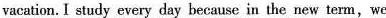
vacation. I study every day because in the new term,we